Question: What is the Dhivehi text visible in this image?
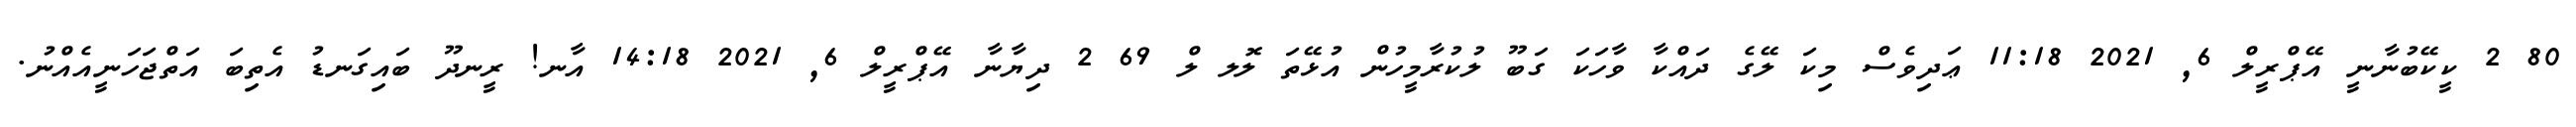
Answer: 80 2 ކީކޭބުނާނީ އޭޕްރީލް 6, 2021 11:18 ޢަދިވެސް މިކަ ލޭގެ ދައްކާ ވާހަކަ ގަބޫ ލުކުރާމީހުން އުޅޭތަ ލޮލ ލް 69 2 ދިޔާނާ އޭޕްރީލް 6, 2021 14:18 އާނ! ރީނދޫ ބައިގަނޑު އެތިބަ އަތްޖަހަނީއެއްނު.